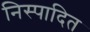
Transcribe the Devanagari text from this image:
निस्पादित